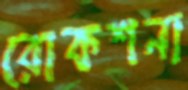
রোকশনা